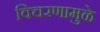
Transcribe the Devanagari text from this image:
विचरणामुळे